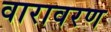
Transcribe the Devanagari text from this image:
वारावरण